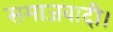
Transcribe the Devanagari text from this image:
समाजवादी।